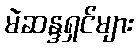
မဲဆန္ဒရှင်များ